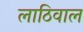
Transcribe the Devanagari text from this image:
लाठिवाल